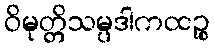
ဝိမုတ္တိသမ္ပဒါကထဉ္စ